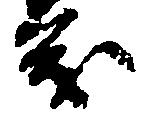
茂